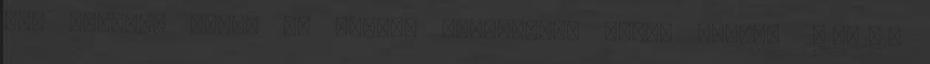
még Európán belül is számos TÖRTÉNELEM BELSŐ VIZSGA 2015-2016